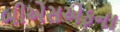
બીએસએફના